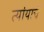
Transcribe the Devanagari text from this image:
त्यांयाचे